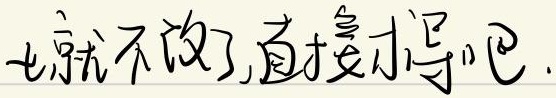
就不改了,直接求导吧.